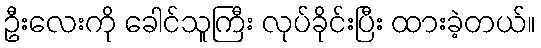
ဦးလေးကို ခေါင်သူကြီး လုပ်ခိုင်းပြီး ထားခဲ့တယ်။